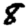
Digit: 8